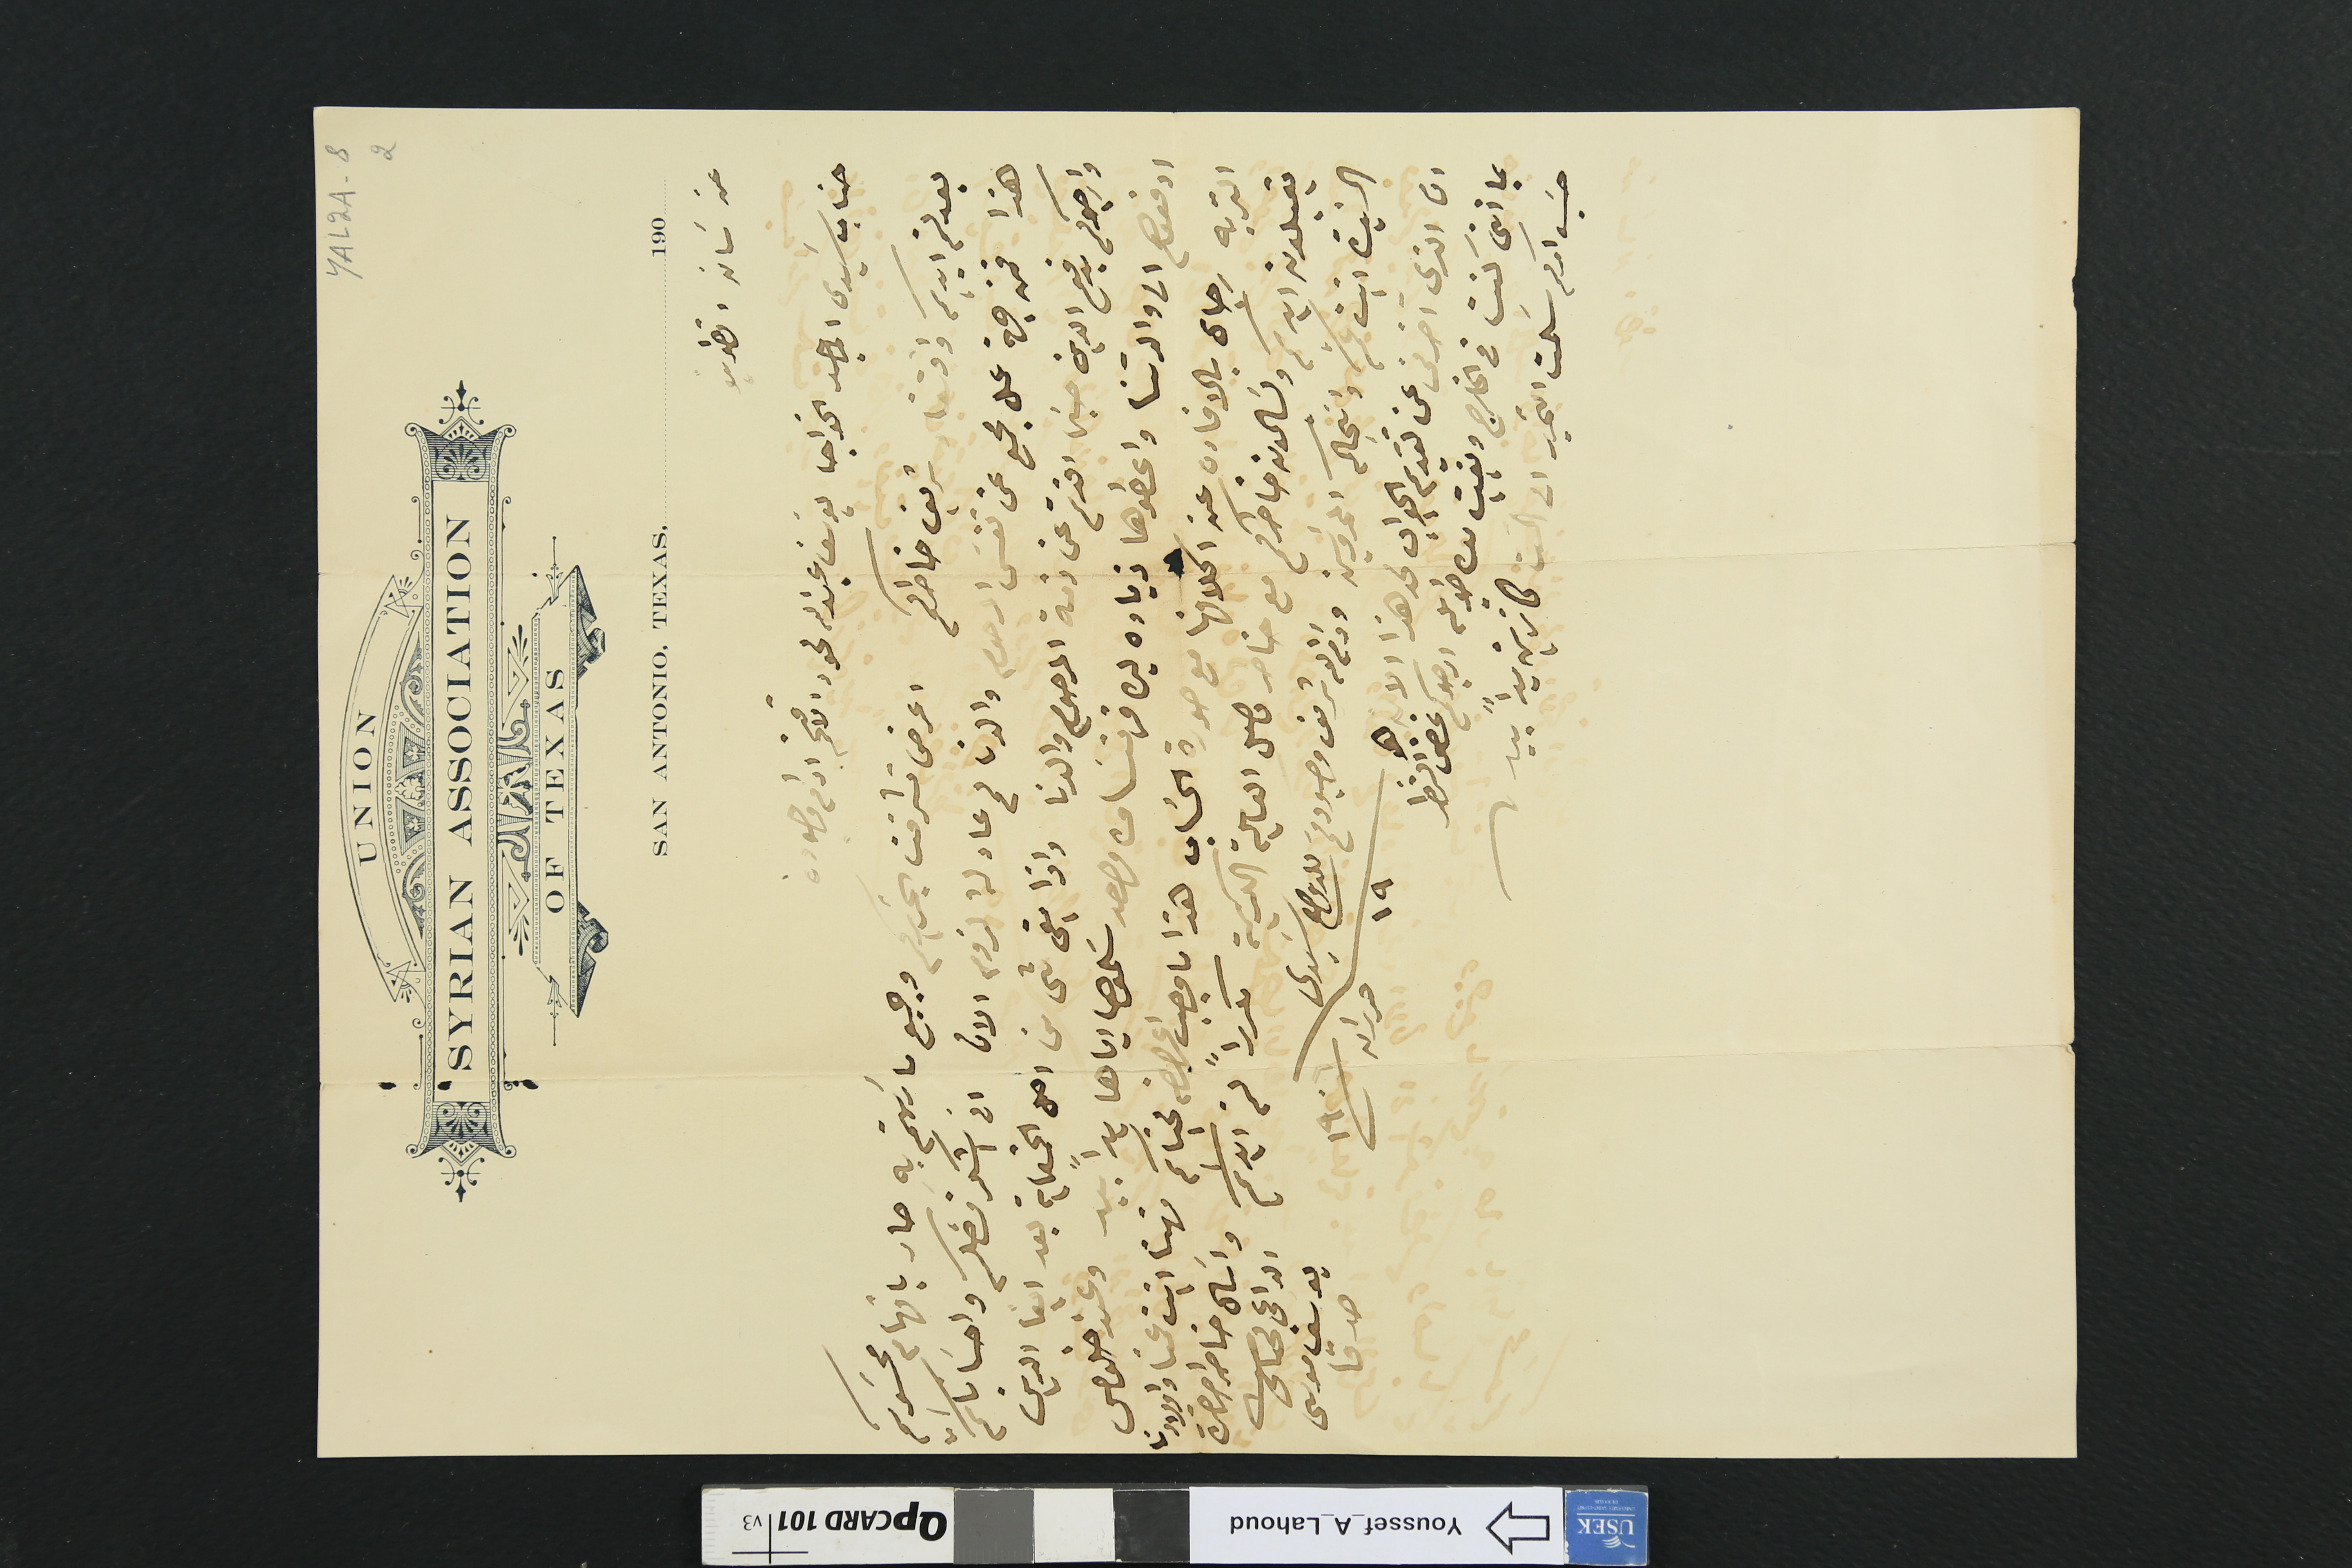
UNION
SYRIAN ASSOCIATION
OF TEXAS
 SAN ANTONIO. TEXAS. 190
عن سَان انطونيو
جناب سَيدي الماجد الخواجا يوسَف عبدالله لحود الافخم ادام وجوده
بعد لثم ايديكم واذن شريف خاطركم اعرض تشرفت بتحريركم وجميع ما رايتم به صار باتهام محسوبكم

هذا فمن جهة عمل مجمع عن نفسَ المرحوم والدنا لم عاد لهُ لزوم الان انى اشكر فضلكم واحسَاناتكم
وارجوكم بدفع الدين حين افدتم عن ذمة المرحوم والدنا واذا بقى شى من اصل الخمسماية بعد ايفا الدين
التربه رجاى بالافاده عن اكلافها مع صورة الحسَاب هذا ما وجب اعراضه لجنابكم فهنا انت عمنا واولادنا
يقبلون ايديكم ويسَلمون خاطركم مع خاطر فضل العايلة الكريمة مكرراً لثم ايديكم
السَيدة ابنت عمكم وانجالكم المحروسين ودام الله شريف وجودكم للدوام سيديَ
ان الذي اخرني عن تقديم الجواب لحد هذا الان هو ١٩ حزيران ١٩٠٦
بما اننى كنت في الخارج وبقيت مدة طويلة ارجوكم غض النظر
حسَب آمركم سلمت التحرير الى الست كاترين يداً بيد
واسَال خاطر حضرة
الداعى
يوسف موسى
صدقا
YAL2A-82
ادفعوهم الى والدتنا واعطوها زياده ليره فرنساوى واحد سَلموها اياها يداً بيد وعند خلوص